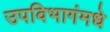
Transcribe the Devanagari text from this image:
उपविभागंमधे